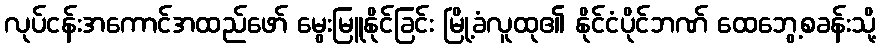
လုပ်ငန်းအကောင်အထည်ဖော် မွေးမြူနိုင်ခြင်း မြို့ခံလူထု၏ နိုင်ငံပိုင်ဘဏ် ထေဘွေ့စခန်းသို့